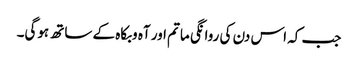
جب کہ اس دن کی روانگی ماتم اور آہ وبکاہ کے ساتھ ہوگی۔